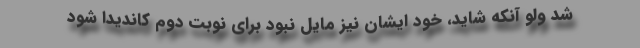
شد ولو آنکه شاید، خود ایشان نیز مایل نبود برای نوبت دوم کاندیدا شود